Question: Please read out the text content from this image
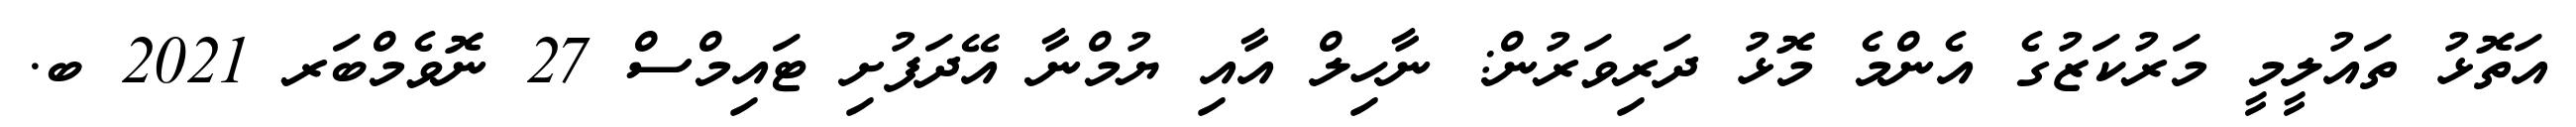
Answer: އަތޮޅު ތައުލީމީ މަރުކަޒުގެ އެންމެ މޮޅު ދަރިވަރުން: ނާހިލް އާއި ޔުމްނާ އޭދަފުށި ޓައިމްސް 27 ނޮވެމްބަރ 2021 ބ.